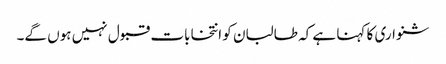
شنواری کا کہنا ہے کہ طالبان کو انتخابات قبول نہیں ہوں گے۔